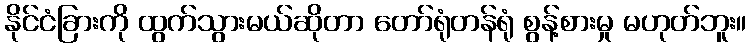
နိုင်ငံခြားကို ထွက်သွားမယ်ဆိုတာ တော်ရုံတန်ရုံ စွန့်စားမှု မဟုတ်ဘူး။